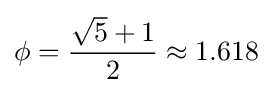
\phi ={\frac {{\sqrt {5}}+1}{2}}\approx 1.618